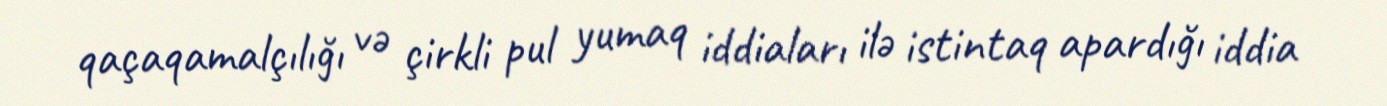
qaçaqamalçılığı və çirkli pul yumaq iddiaları ilə istintaq apardığı iddia